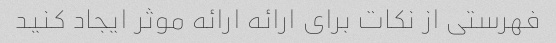
فهرستی از نکات برای ارائه ارائه موثر ایجاد کنید